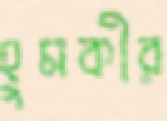
হুমকীর